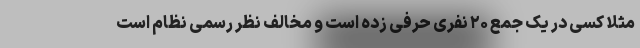
مثلا کسی در یک جمع ۲۰ نفری حرفی زده است و مخالف نظر رسمی نظام است